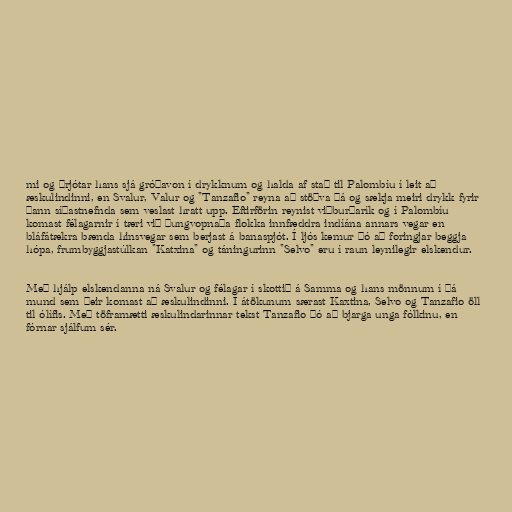
mi og þrjótar hans sjá gróðavon í drykknum og halda af stað til Palombíu í leit að
æskulindinni, en Svalur, Valur og "Tanzafio" reyna að stöðva þá og sækja meiri drykk fyrir
þann síðastnefnda sem veslast hratt upp. Eftirförin reynist viðburðarík og í Palombíu
komast félagarnir í tæri við þungvopnaða flokka innfæddra indíána annars vegar en
bláfátækra bænda hinsvegar sem berjast á banaspjót. Í ljós kemur þó að foringjar beggja
hópa, frumbyggjastúlkan "Katxina" og táningurinn "Selvo" eru í raun leynilegir elskendur.

Með hjálp elskendanna ná Svalur og félagar í skottið á Samma og hans mönnum í þá
mund sem þeir komast að æskulindinni. Í átökunum særast Kaxtina, Selvo og Tanzafio öll
til ólífis. Með töframætti æskulindarinnar tekst Tanzafio þó að bjarga unga fólkinu, en
fórnar sjálfum sér.